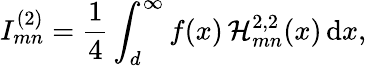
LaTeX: I_{mn}^{(2)}=\frac{1}{4}\int_{d}^{\infty}f(x)\, \mathcal{H}_{mn}^{2,2}(x)\, \textrm{d}x,